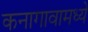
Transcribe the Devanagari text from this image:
कनागावामध्ये